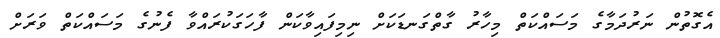
އެގޮތުން ނަރުދަމާގެ މަސައްކަތް މިހާރު ގާތްގަނޑަކަށް ނިމިފައިވާކަން ފާހަގަކުރައްވާ ފެނުގެ މަސައްކަތް ވަރަށް